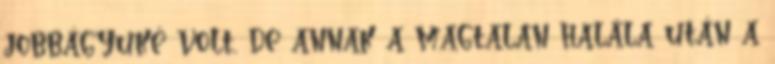
jobbágyuké volt, de annak a magtalan halála után a